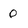
Character: 0